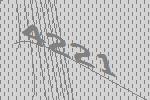
4221